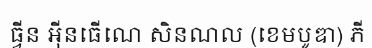
ធ្វីន អ៊ីនធើណេ សិនណល (ខេមបូឌា) ភី